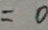
= 0